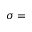
\sigma =